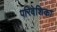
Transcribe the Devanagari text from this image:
परिवेशिका